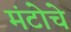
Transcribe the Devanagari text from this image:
मंटोचे